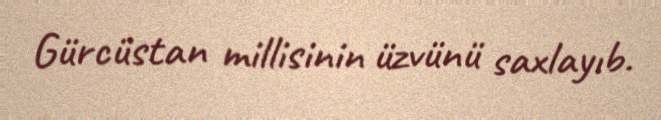
Gürcüstan millisinin üzvünü saxlayıb.